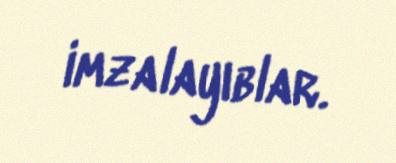
imzalayıblar.